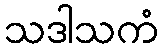
သဒါသကံ